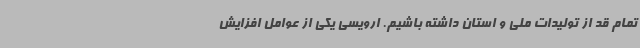
تمام قد از تولیدات ملی و استان داشته باشیم. ارویسی یکی از عوامل افزایش